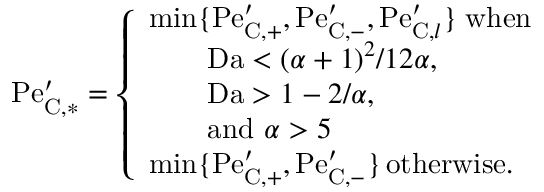
\mathrm { P e } _ { \mathrm { C } , * } ^ { \prime } = \left\{ \begin{array} { l l } { \mathrm { m i n } \{ \mathrm { P e } _ { \mathrm { C } , + } ^ { \prime } , \mathrm { P e } _ { \mathrm { C } , - } ^ { \prime } , \mathrm { P e } _ { \mathrm { C } , l } ^ { \prime } \} \; \mathrm { w h e n ~ } } \\ { \qquad \mathrm { D a } < ( \alpha + 1 ) ^ { 2 } / 1 2 \alpha , } \\ { \qquad \mathrm { D a } > 1 - 2 / \alpha , } \\ { \qquad \mathrm { a n d ~ } \alpha > 5 } \\ { \mathrm { m i n } \{ \mathrm { P e } _ { \mathrm { C } , + } ^ { \prime } , \mathrm { P e } _ { \mathrm { C } , - } ^ { \prime } \} \, \mathrm { o t h e r w i s e } . } \end{array} \right.